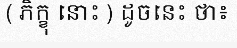
( ភិក្ខុ នោះ ) ដូចនេះ ថា៖